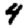
Digit: 4